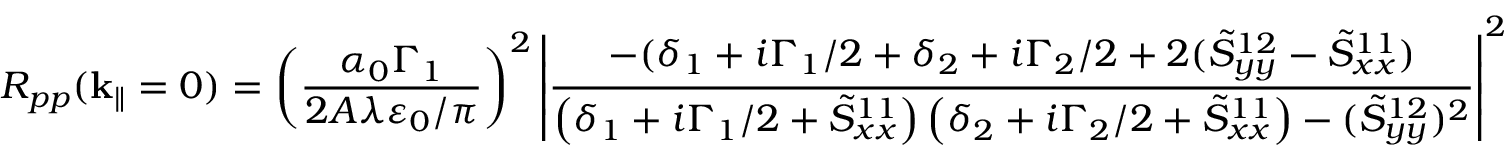
R _ { p p } ( \mathbf { k } _ { \| } = 0 ) = \left( \frac { \alpha _ { 0 } \Gamma _ { 1 } } { 2 A \lambda \varepsilon _ { 0 } / \pi } \right) ^ { 2 } \left| \frac { - ( \delta _ { 1 } + i \Gamma _ { 1 } / 2 + \delta _ { 2 } + i \Gamma _ { 2 } / 2 + 2 ( \tilde { S } _ { y y } ^ { 1 2 } - \tilde { S } _ { x x } ^ { 1 1 } ) } { \left( \delta _ { 1 } + i \Gamma _ { 1 } / 2 + \tilde { S } _ { x x } ^ { 1 1 } \right) \left( \delta _ { 2 } + i \Gamma _ { 2 } / 2 + \tilde { S } _ { x x } ^ { 1 1 } \right) - ( \tilde { S } _ { y y } ^ { 1 2 } ) ^ { 2 } } \right| ^ { 2 }